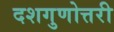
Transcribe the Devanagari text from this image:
दशगुणोत्तरी